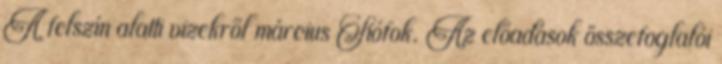
A felszín alatti vizekről március Siófok. Az előadások összefoglalói